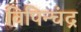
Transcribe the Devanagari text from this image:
विपिन्चंद्र